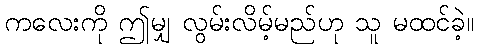
ကလေးကို ဤမျှ လွမ်းလိမ့်မည်ဟု သူ မထင်ခဲ့။